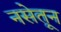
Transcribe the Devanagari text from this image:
नसेतून